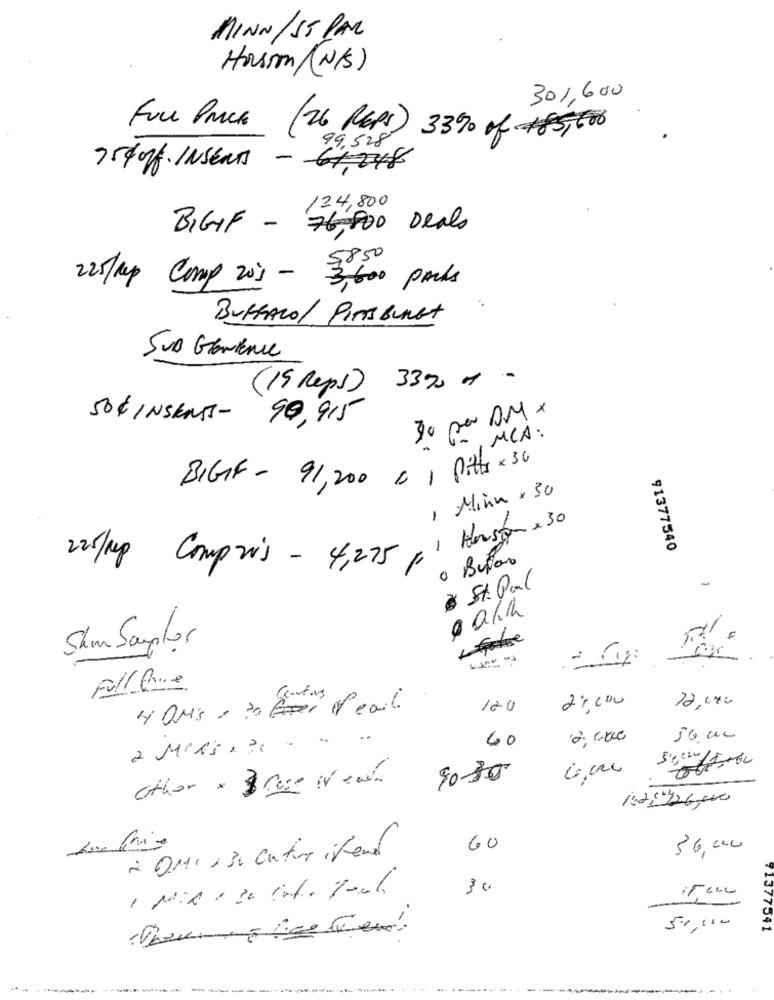
MINN/ST PAR
Horsom (N/S)
301,600
FULL PRICE (26 REPS) 3390 of #85,500
99,528
754 076 INSERTS - 64,248
124,800
BIGIF - 76,800 Deals
225/hp Comp 20% - 3,600 packs
BUFFALO/ PITTSBURGH
SUB Glowienie
332 0.
(15 Reps)
90,915
30 per DM x
50 € INSENS -
MCA:
BIGIF - 91,200 0 1 pitts x 36
, Minn x 30
Hanson x 30
-
91377540
0 Bufão
225/kp Compris - 4,275,
-
à St. Paul
0
Shim Sampler
Full Que
12,000
4 QMs . 30 For deal.
120
22000
60
2,6000
50,00
9030
6.000
other * 3 ruse in can
142:426,000
à Qui , su autor itena
60
36,000
30
50,000
71377541